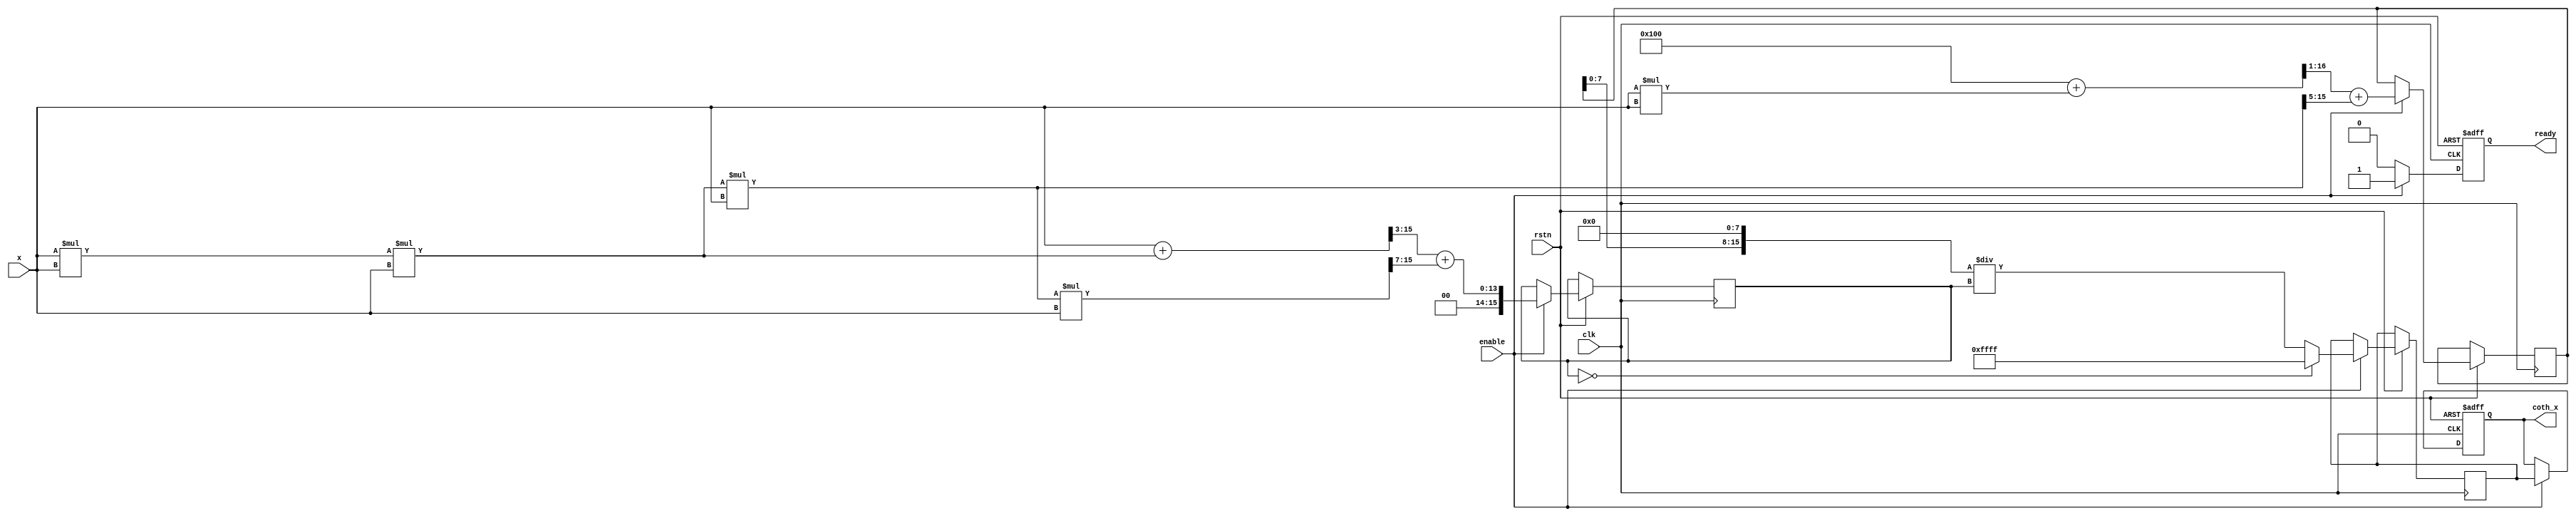
module hyperbolic_cotangent #(
    parameter WIDTH = 16, // Width of input and output signals
    parameter FRAC_BITS = 8 // Number of fractional bits for fixed-point representation
)(
    input  wire clk,            // Clock signal
    input  wire rstn,          // Active low reset
    input  wire enable,         // Enable signal
    input  wire [WIDTH-1:0] x,  // Input signal (fixed-point representation)
    output reg  [WIDTH-1:0] coth_x, // Output signal for coth(x)
    output reg ready            // Indicates when the output is valid
);

// Internal signals
wire [WIDTH-1:0] sinh_x;
wire [WIDTH-1:0] cosh_x;
reg [WIDTH-1:0] div_result;

// Hyperbolic sine approximation using Taylor series
function [WIDTH-1:0] sinh;
    input [WIDTH-1:0] x;
    begin
        // Taylor series: sinh(x) = x + (x^3)/6 + (x^5)/120 + ...
        sinh = x + (x * x * x) >> 3; // x^3 / 6
        sinh = sinh + ((x * x * x * x * x) >> 7); // x^5 / 120
    end
endfunction

// Hyperbolic cosine approximation using Taylor series
function [WIDTH-1:0] cosh;
    input [WIDTH-1:0] x;
    begin
        // Taylor series: cosh(x) = 1 + (x^2)/2 + (x^4)/24 + ...
        cosh = (1 << FRAC_BITS) + (x * x) >> 1; // x^2 / 2
        cosh = cosh + ((x * x * x * x) >> 5); // x^4 / 24
    end
endfunction

// Division logic
function [WIDTH-1:0] divide;
    input [WIDTH-1:0] numerator;
    input [WIDTH-1:0] denominator;
    begin
        if (denominator == 0) begin
            divide = {WIDTH{1'b1}}; // Saturate to max value on division by zero
        end else begin
            divide = (numerator << FRAC_BITS) / denominator; // Fixed-point division
        end
    end
endfunction

// State machine for operation
always @(posedge clk or negedge rstn) begin
    if (!rstn) begin
        coth_x <= 0;
        ready <= 0;
    end else if (enable) begin
        // Compute sinh and cosh
        sinh_x <= sinh(x);
        cosh_x <= cosh(x);

        // Compute division
        div_result <= divide(cosh_x, sinh_x);

        // Output result
        coth_x <= div_result;
        ready <= 1; // Indicate output is valid
    end else begin
        ready <= 0; // Reset ready signal if not enabled
    end
end

endmodule